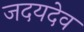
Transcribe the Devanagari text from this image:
जदयदेव